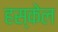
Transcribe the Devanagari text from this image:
हस्केल